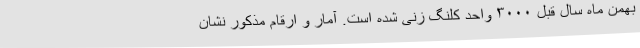
بهمن ماه سال قبل ۳۰۰۰ واحد کلنگ زنی شده است. آمار و ارقام مذکور نشان